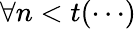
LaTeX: \forall n<t(\cdots)